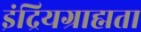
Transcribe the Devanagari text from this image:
इंद्रियग्राह्मता